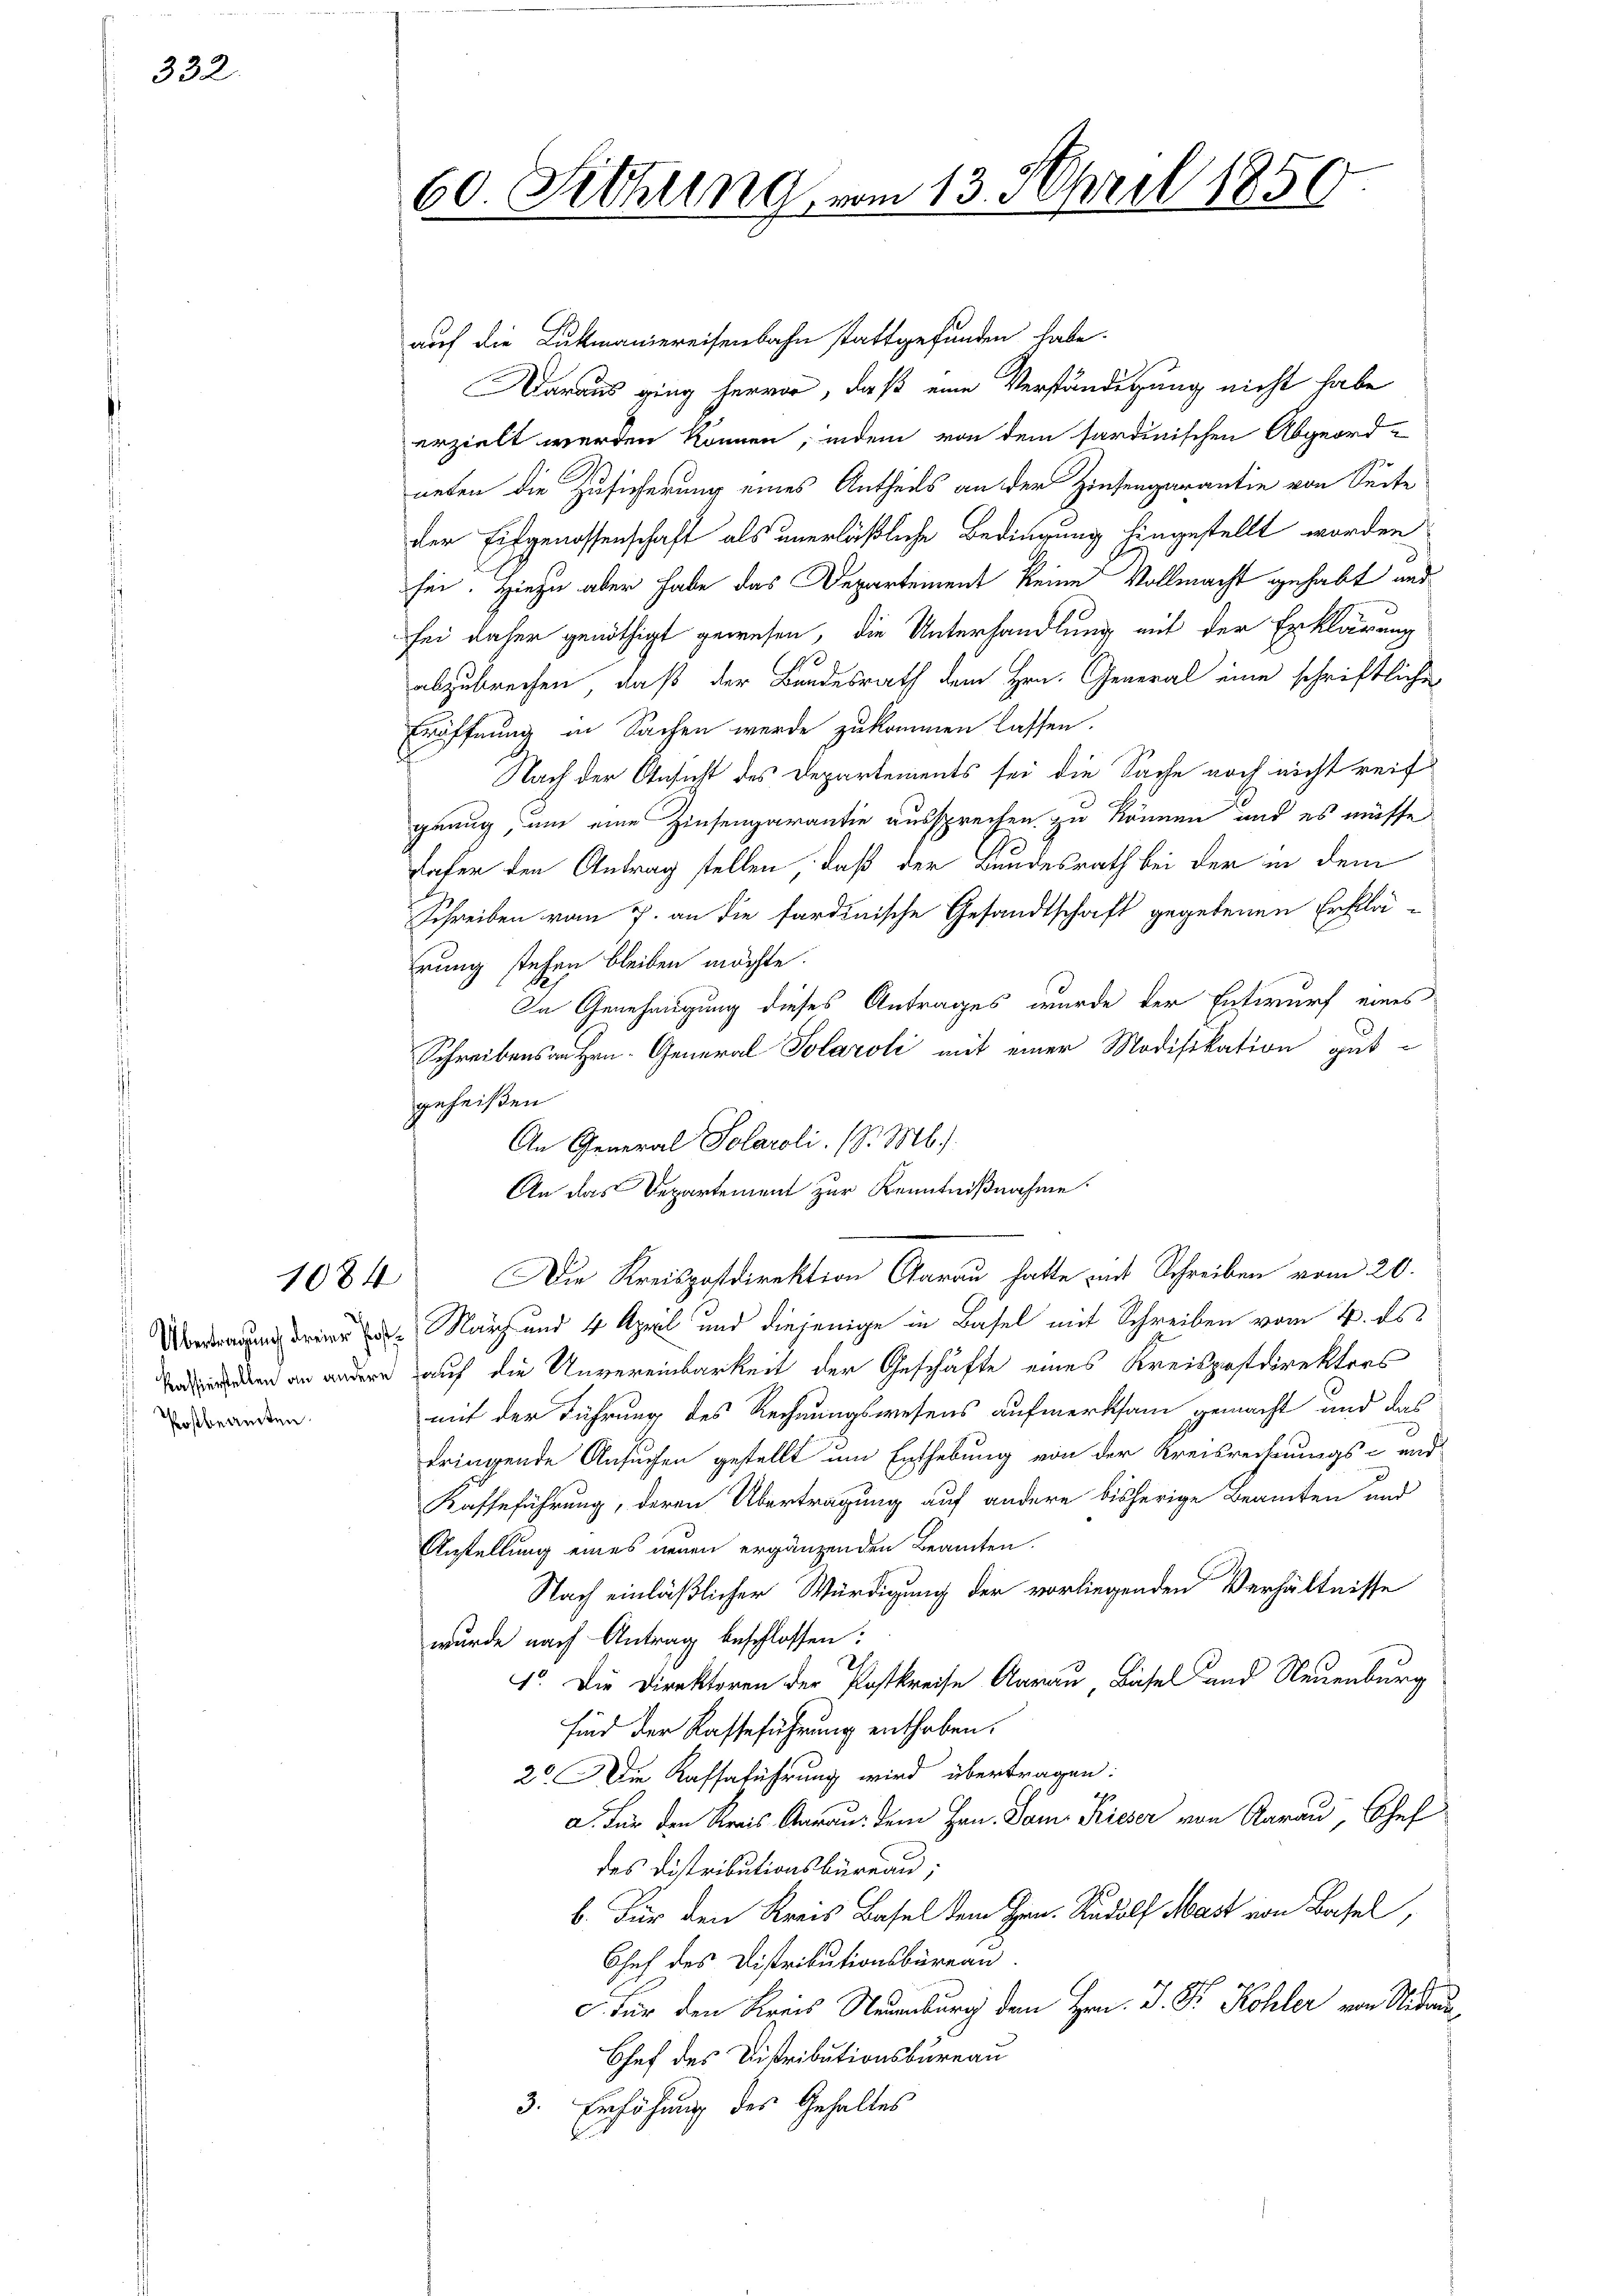
332.

Postbeamten.

60. Sitzung vom 13. April 1850.

auf die Lukmaniereisenbahn stattgefunden habe.
Daraus ging hervor, daß eine Verständigung nicht habe
erzielt werden können, indem von dem sardinischen Abgeord-
neten die Zusicherung eines Antheils an der Zinsengarantie von Seite
der Eidgenossenschaft als unerläßliche Bedingung hingestellt worden
sei. Hiezu aber habe das Departement keine Vollmacht gehabt und
sei daher genöthigt gewesen, die Unterhandlung mit der Erklärung
abzubrechen, daß der Bundesrath dem Hrn. General eine schriftliche
Eröffnung in Sachen werde zukommen lassen.
Nach der Ansicht des Departements sei die Sache noch nicht reif
genug, um eine Zinsengarantie aussprechen zu können, und es müsse
dafer den Antrag stellen, daß der Bundesrath bei der in dem
Schreiben vom 7. an die sardinische Gesandtschaft gegebenen Erklä-
rung stehen bleiben möchte.
In Genehmigung dieses Antrages wurde der Entwurf eines
Schreibens an Hrn. General Solaroli mit einer Modifikation gut-
geheißen
 März und 4 April und diejenige in Basel mit Schreiben vom 2. ds.
en an andern auf die Unvereinbarkeit der Geschäfte eines Kreispostdirektors
mit der Führung des Rechnungswesens aufmerksam gemacht und das
bringende Ansuchen gestellt um Enthebung von der Kreisrechnungs- und
Kaffeführung, deren Übertragung auf andere bisherige Beamten und
Anstellung eines neuen ergänzenden Beamten.
Nach einläßlicher Würdigung der vorliegenden Verhältnisse
wurde nach Antrag beschlossen:
1o. Die Direktoren der Postkreise Aarau, Basel Land Neuenburg
sind der Kasteführung enthoben.
2. Die Kaffeführung wird übertragen:
a. Für den Kreis Aaraus dem Hrn. Dame Rieser von Aarau, Chef
das Distributionsbüreau,
b. Für den Kreis Basel dem Hrn. Rudolf Mart von Basel,
Chef des Distributionsbüreau.
c. Für den Kreis Naumburg dem Hrn. J. Dr. Kohler von Nidau¬
Chef des Distributionsbureau
3. Erhöhung des Gehaltes
l

An General Solaroli (S. M.)
An das Departement zur Kenntnißnahme.
1084. Die Kreispostdirektion Aarau hatte mit Schreiben vom 20.